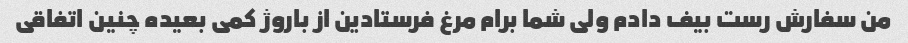
من سفارش رست بیف دادم ولی شما برام مرغ فرستادین از باروژ کمی بعیده چنین اتفاقی